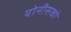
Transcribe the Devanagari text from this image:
योनीसको